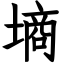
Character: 墒